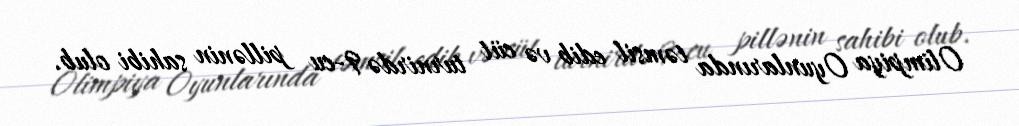
Olimpiya Oyunlarında təmsil edib və cüt turnirdə 9-cu pillənin sahibi olub.